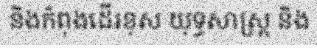
និងកំពុងដើរខុស យុទ្ធសាស្ត្រ និង